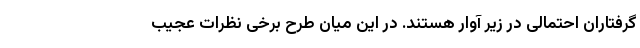
گرفتاران احتمالی در زیر آوار هستند. در این میان طرح برخی نظرات عجیب